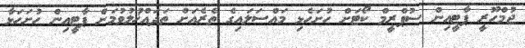
ޖުމްހޫރީ ޕާޓީއިން ސުޕްރީމް ކޯޓަށް ހުށަހެޅި މައްސަލައިގެ ތެރެއަށް ތަދައްޚުލުވުމަށް ޕާޓީއިން ހުށަހަޅާ